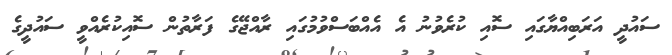
ސައުދީ އަރަބިއްޔާގައި ސޮއި ކުރެވުނު އެ އެއްބަސްވުމުގައި ރާއްޖޭގެ ފަރާތުން ސޮއިކުރެއްވީ ސައުދީގެ